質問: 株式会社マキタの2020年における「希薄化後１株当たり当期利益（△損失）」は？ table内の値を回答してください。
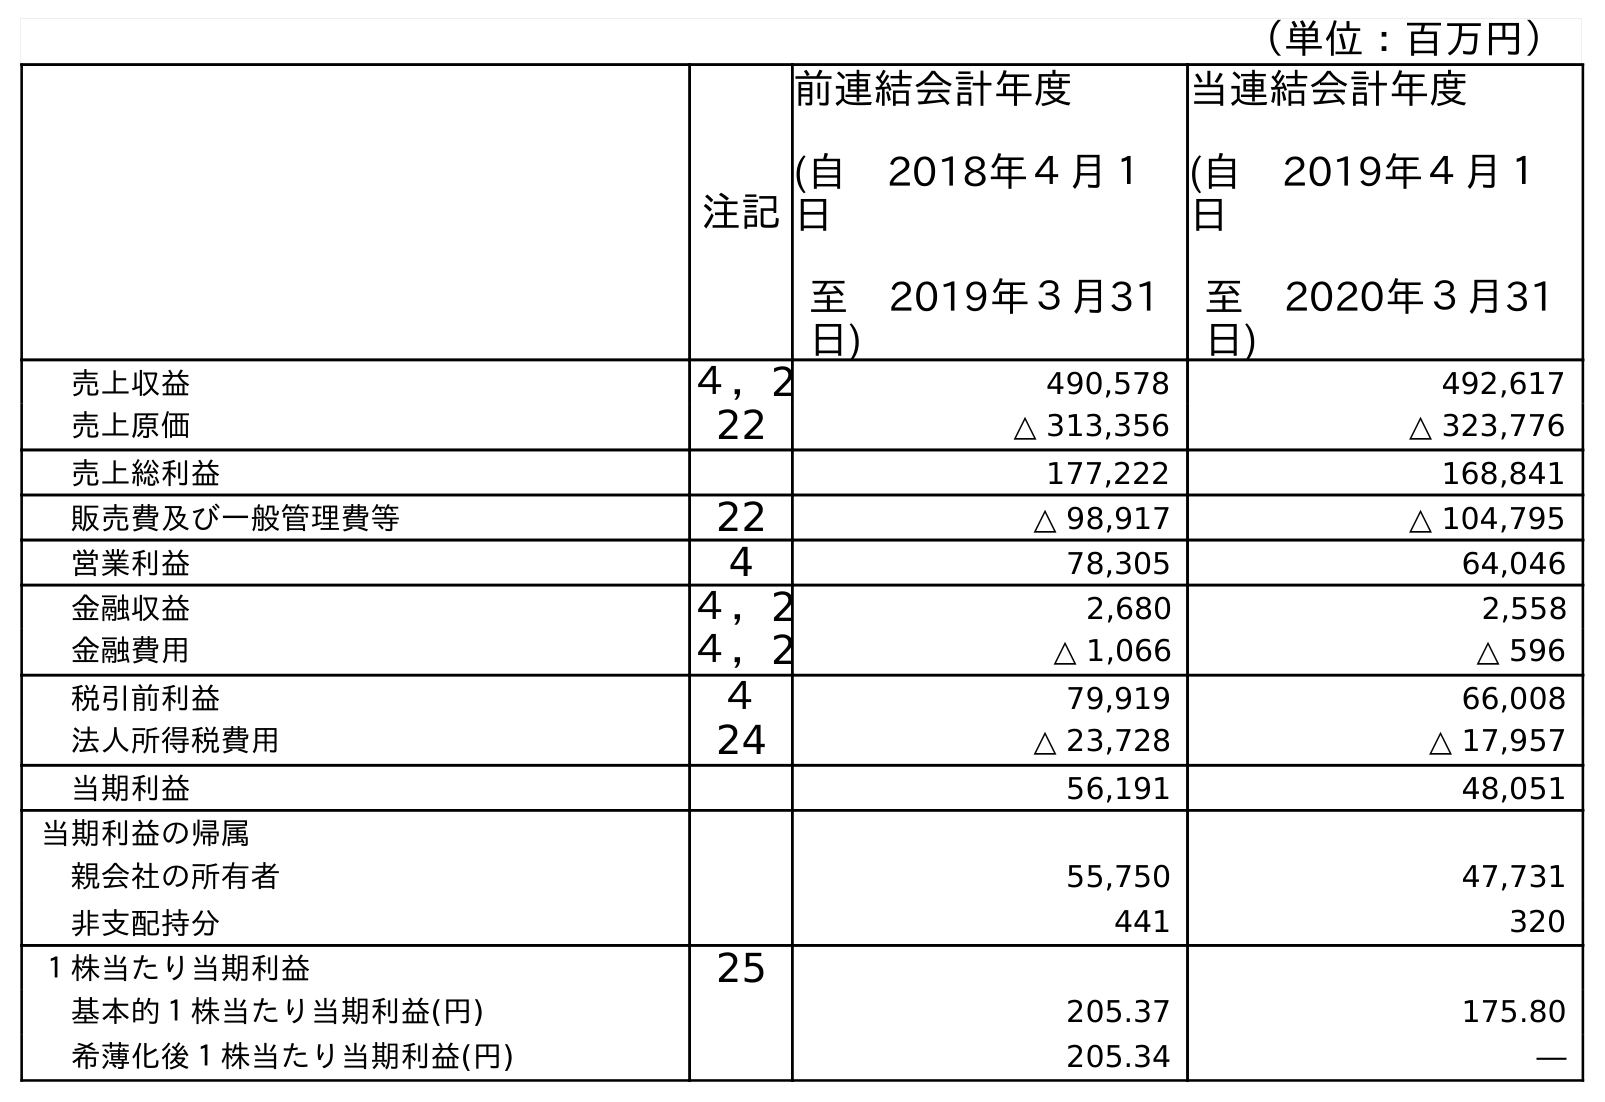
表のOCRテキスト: （単位：百万円） 注記 前連結会計年度 (自 2018年４月１ 日 至 2019年３月31 日) 当連結会計年度 (自 2019年４月１ 日 至 2020年３月31 日) 売上収益 ４，2 490,578 492,617 売上原価 22 △ 313,356 △ 323,776 売上総利益 177,222 168,841 販売費及び一般管理費等 22 △ 98,917 △ 104,795 営業利益 4 78,305 64,046 金融収益 ４，2 2,680 2,558 金融費用 ４，2 △ 1,066 △ 596 税引前利益 ４ 79,919 66,008 法人所得税費用 24 △ 23,728 △ 17,957 当期利益 56,191 48,051 当期利益の帰属 親会社の所有者 55,750 47,731 非支配持分 441 320 １株当たり当期利益 25 基本的１株当たり当期利益(円) 205.37 175.80 希薄化後１株当たり当期利益(円) 205.34 ―
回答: ―